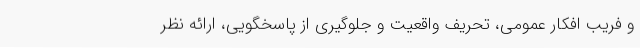
و فریب افکار عمومی، تحریف واقعیت و جلوگیری از پاسخگویی، ارائه نظر